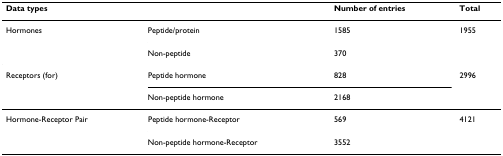
| Data types |  | Number of entries | Total |
 | --- | --- | --- | --- |
 | Hormones | Peptide/protein | 1585 | 1955 |
 |  | Non-peptide | 370 |  |
 | Receptors (for) | Peptide hormone | 828 | 2996 |
 |  | Non-peptide hormone | 2168 |  |
 | Hormone-Receptor Pair | Peptide hormone-Receptor | 569 | 4121 |
 |  | Non-peptide hormone-Receptor | 3552 |  |